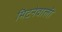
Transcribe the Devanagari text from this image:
मिटनेवाली